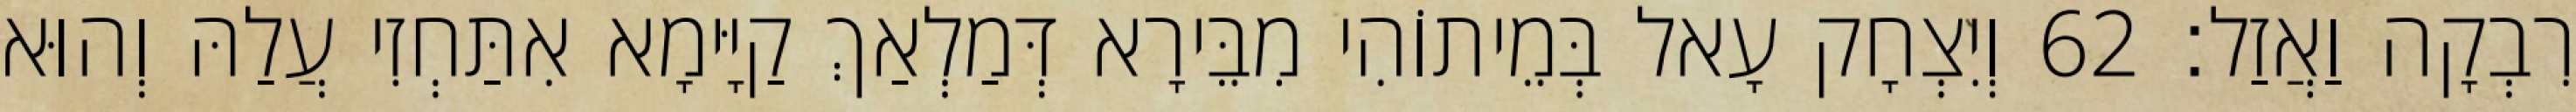
רִבְקָה וַאֲזַל׃ 62 וְיִצְחָק עָאל בְּמֵיתוֹהִי מִבֵּירָא דְּמַלְאַךְ קַיָּימָא אִתַּחְזִי עֲלַהּ וְהוּא